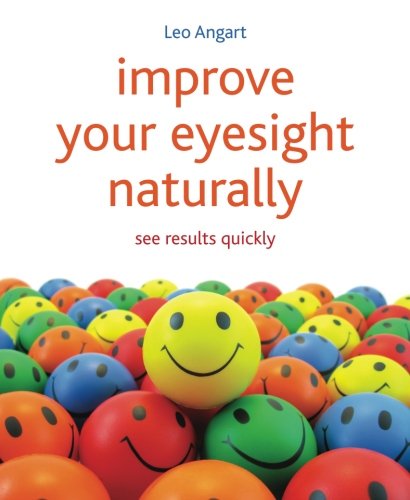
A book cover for Improve Your Eyesight Naturally: See Results Quickly; Leo Angart; Health, Fitness & Dieting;